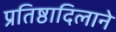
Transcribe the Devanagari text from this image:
प्रतिष्ठादिलाने